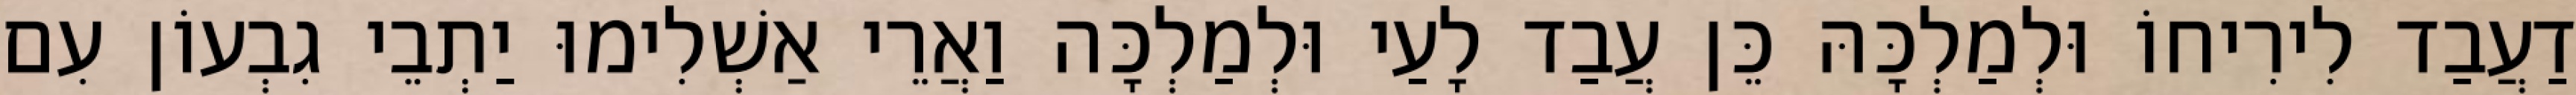
דַעֲבַד לִירִיחוֹ וּלְמַלְכָּהּ כֵּן עֲבַד לָעַי וּלְמַלְכָּה וַאֲרֵי אַשְׁלִימוּ יַתְבֵי גִבְעוֹן עִם